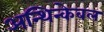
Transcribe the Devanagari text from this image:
अन्थिन्केबल